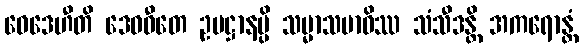
ဝေဒေဟီတိ ဒေဝဓီတေ ဥပဋ္ဌာနမ္ပိ သမ္မာသမာဓိဿ သံသီဒန္တိ အကရောန္တံ